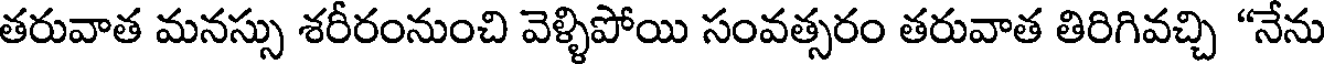
తరువాత మనస్సు శరీరంనుంచి వెళ్ళిపోయి సంవత్సరం తరువాత తిరిగివచ్చి "నేను